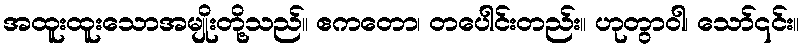
အထူးထူးသောအမျိုးတို့သည်။ ဧကတော၊ တပေါင်းတည်း။ ဟုတွာဝါ၊ သော်၎င်း။